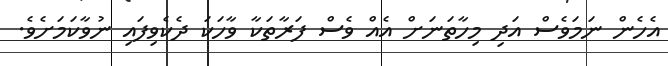
އެހެން ނަމަވެސް އަދި މިހާތަނަށް އެއް ވެސް ފަރާތަކާ ވާހަކަ ދެކެވިފައި ނުވާކަމަށެވެ.